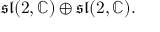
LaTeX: { \mathfrak { s l } } ( 2 , \mathbb { C } ) \oplus { \mathfrak { s l } } ( 2 , \mathbb { C } ) .